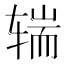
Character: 𰺒